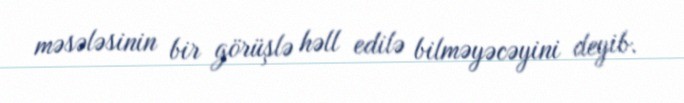
məsələsinin bir görüşlə həll edilə bilməyəcəyini deyib.